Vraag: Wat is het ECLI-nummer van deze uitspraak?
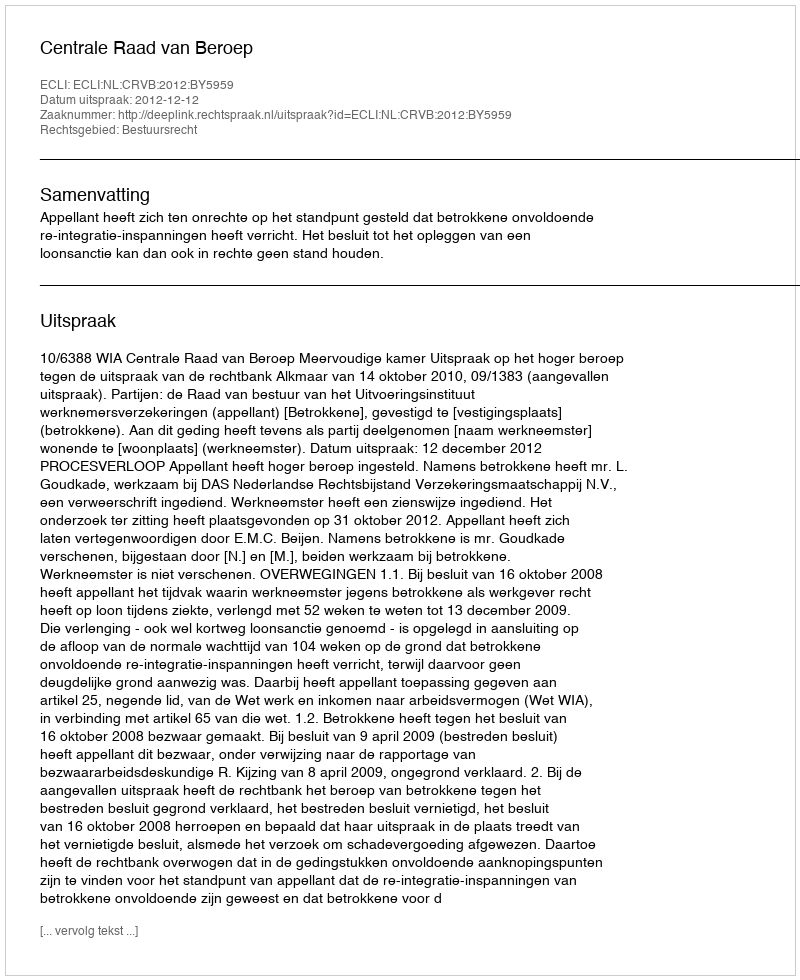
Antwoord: ECLI:NL:CRVB:2012:BY5959